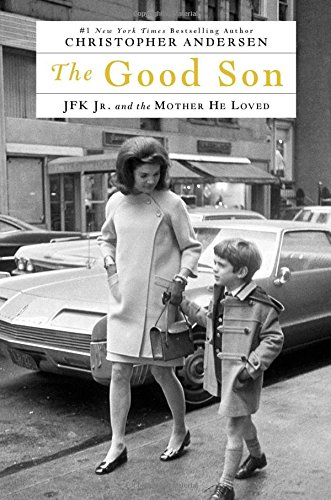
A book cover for The Good Son: JFK Jr. and the Mother He Loved; Christopher Andersen; Law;